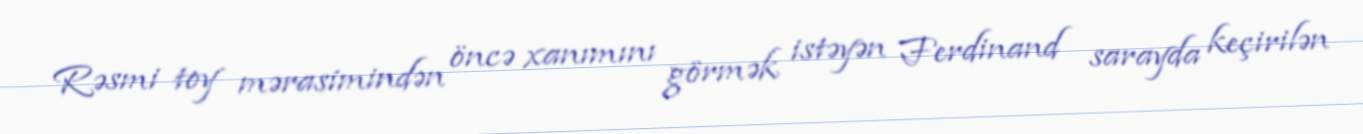
Rəsmi toy mərasimindən öncə xanımını görmək istəyən Ferdinand sarayda keçirilən